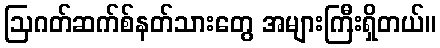
ဩဂတ်ဆက်စ်နတ်သားတွေ အများကြီးရှိတယ်။